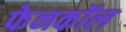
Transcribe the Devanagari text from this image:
फेनकॉल